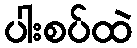
ပါးစပ်ထဲ